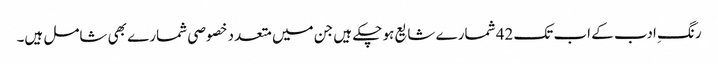
رنگِ ادب کے اب تک 42 شمارے شایع ہو چکے ہیں جن میں متعدد خصوصی شمارے بھی شامل ہیں۔